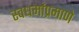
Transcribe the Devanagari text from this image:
स्वधर्माप्रमाणे